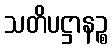
သတိပဋ္ဌာနဉ္စ